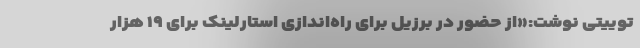
توییتی نوشت:«از حضور در برزیل برای راه‌اندازی استارلینک برای ۱۹ هزار